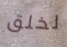
لخلق